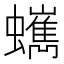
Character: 𧔍